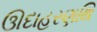
ઊદાહરણથિ